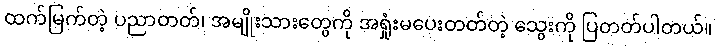
ထက်မြက်တဲ့ ပညာတတ်၊ အမျိုးသားတွေကို အရှုံးမပေးတတ်တဲ့ သွေးကို ပြတတ်ပါတယ်။